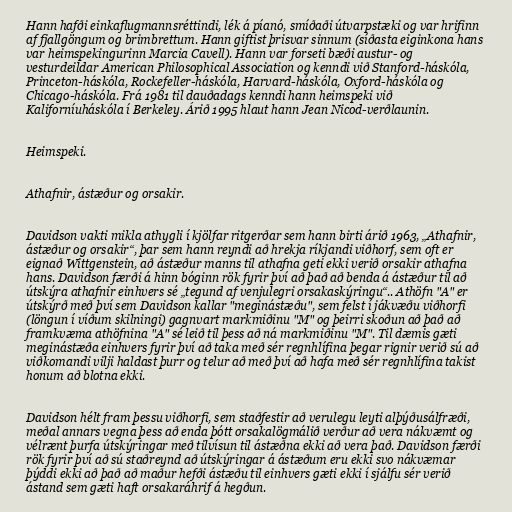
Hann hafði einkaflugmannsréttindi, lék á píanó, smíðaði útvarpstæki og var hrifinn
af fjallgöngum og brimbrettum. Hann giftist þrisvar sinnum (síðasta eiginkona hans
var heimspekingurinn Marcia Cavell). Hann var forseti bæði austur- og
vesturdeildar American Philosophical Association og kenndi við Stanford-háskóla,
Princeton-háskóla, Rockefeller-háskóla, Harvard-háskóla, Oxford-háskóla og
Chicago-háskóla. Frá 1981 til dauðadags kenndi hann heimspeki við
Kaliforníuháskóla í Berkeley. Árið 1995 hlaut hann Jean Nicod-verðlaunin.

Heimspeki.

Athafnir, ástæður og orsakir.

Davidson vakti mikla athygli í kjölfar ritgerðar sem hann birti árið 1963, „Athafnir,
ástæður og orsakir“, þar sem hann reyndi að hrekja ríkjandi viðhorf, sem oft er
eignað Wittgenstein, að ástæður manns til athafna geti ekki verið orsakir athafna
hans. Davidson færði á hinn bóginn rök fyrir því að það að benda á ástæður til að
útskýra athafnir einhvers sé „tegund af venjulegri orsakaskýringu“.. Athöfn "A" er
útskýrð með því sem Davidson kallar "meginástæðu", sem felst í jákvæðu viðhorfi
(löngun í víðum skilningi) gagnvart markmiðinu "M" og þeirri skoðun að það að
framkvæma athöfnina "A" sé leið til þess að ná markmiðinu "M". Til dæmis gæti
meginástæða einhvers fyrir því að taka með sér regnhlífina þegar rignir verið sú að
viðkomandi vilji haldast þurr og telur að með því að hafa með sér regnhlífina takist
honum að blotna ekki.

Davidson hélt fram þessu viðhorfi, sem staðfestir að verulegu leyti alþýðusálfræði,
meðal annars vegna þess að enda þótt orsakalögmálið verður að vera nákvæmt og
vélrænt þurfa útskýringar með tilvísun til ástæðna ekki að vera það. Davidson færði
rök fyrir því að sú staðreynd að útskýringar á ástæðum eru ekki svo nákvæmar
þýddi ekki að það að maður hefði ástæðu til einhvers gæti ekki í sjálfu sér verið
ástand sem gæti haft orsakaráhrif á hegðun.